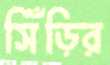
সিঁড়ির